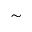
\sim